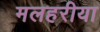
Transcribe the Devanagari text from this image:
मलहरीया